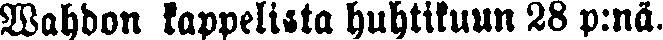
Wahdon kappelista huhtikuun 28 p:nä.